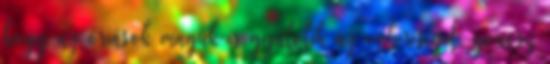
hogy az óriások maguk is gyűlölik az emberiséget, gonosz